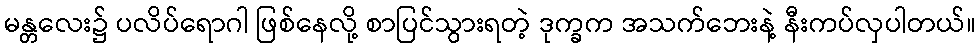
မန္တလေး၌ ပလိပ်ရောဂါ ဖြစ်နေလို့ စာပြင်သွားရတဲ့ ဒုက္ခက အသက်ဘေးနဲ့ နီးကပ်လှပါတယ်။